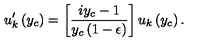
u _ { k } ^ { \prime } \left( y _ { c } \right) = \left[ { \frac { i y _ { c } - 1 } { y _ { c } \left( 1 - \epsilon \right) } } \right] u _ { k } \left( y _ { c } \right) .